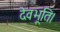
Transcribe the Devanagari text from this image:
देवभूति।